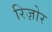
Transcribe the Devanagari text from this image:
रिज़ोर